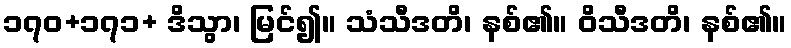
၁၇၀+၁၇၁+ ဒိသွာ၊ မြင်၍။ သံသီဒတိ၊ နစ်၏။ ဝိသီဒတိ၊ နစ်၏။